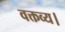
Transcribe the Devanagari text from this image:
वक्तव्य।